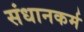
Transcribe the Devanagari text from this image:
संधानकर्म